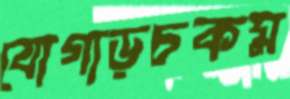
যোগাড়চকম